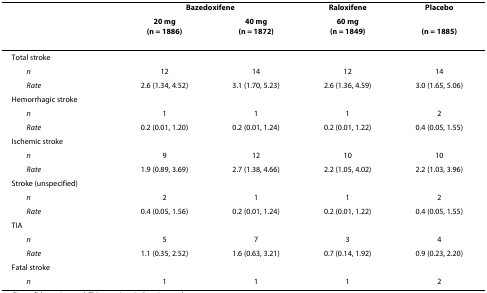
<table><thead><tr><td>[EMPTY_CELL]</td><td colspan="2"><b>Bazedoxifene</b></td><td><b>Raloxifene</b></td><td><b>Placebo</b></td></tr><tr><td>[EMPTY_CELL]</td><td><b>20 mg(n = 1886)</b></td><td><b>40 mg(n = 1872)</b></td><td><b>60 mg(n = 1849)</b></td><td><b>(n = 1885)</b></td></tr></thead><tbody><tr><td>Total stroke</td><td>[EMPTY_CELL]</td><td>[EMPTY_CELL]</td><td>[EMPTY_CELL]</td><td>[EMPTY_CELL]</td></tr><tr><td> <i>n</i></td><td>12</td><td>14</td><td>12</td><td>14</td></tr><tr><td> <i>Rate</i></td><td>2.6 (1.34, 4.52)</td><td>3.1 (1.70, 5.23)</td><td>2.6 (1.36, 4.59)</td><td>3.0 (1.65, 5.06)</td></tr><tr><td>Hemorrhagic stroke</td><td>[EMPTY_CELL]</td><td>[EMPTY_CELL]</td><td>[EMPTY_CELL]</td><td>[EMPTY_CELL]</td></tr><tr><td> <i>n</i></td><td>1</td><td>1</td><td>1</td><td>2</td></tr><tr><td> <i>Rate</i></td><td>0.2 (0.01, 1.20)</td><td>0.2 (0.01, 1.24)</td><td>0.2 (0.01, 1.22)</td><td>0.4 (0.05, 1.55)</td></tr><tr><td>Ischemic stroke</td><td>[EMPTY_CELL]</td><td>[EMPTY_CELL]</td><td>[EMPTY_CELL]</td><td>[EMPTY_CELL]</td></tr><tr><td> <i>n</i></td><td>9</td><td>12</td><td>10</td><td>10</td></tr><tr><td> <i>Rate</i></td><td>1.9 (0.89, 3.69)</td><td>2.7 (1.38, 4.66)</td><td>2.2 (1.05, 4.02)</td><td>2.2 (1.03, 3.96)</td></tr><tr><td>Stroke (unspecified)</td><td>[EMPTY_CELL]</td><td>[EMPTY_CELL]</td><td>[EMPTY_CELL]</td><td>[EMPTY_CELL]</td></tr><tr><td> <i>n</i></td><td>2</td><td>1</td><td>1</td><td>2</td></tr><tr><td> <i>Rate</i></td><td>0.4 (0.05, 1.56)</td><td>0.2 (0.01, 1.24)</td><td>0.2 (0.01, 1.22)</td><td>0.4 (0.05, 1.55)</td></tr><tr><td>TIA</td><td>[EMPTY_CELL]</td><td>[EMPTY_CELL]</td><td>[EMPTY_CELL]</td><td>[EMPTY_CELL]</td></tr><tr><td> <i>n</i></td><td>5</td><td>7</td><td>3</td><td>4</td></tr><tr><td> <i>Rate</i></td><td>1.1 (0.35, 2.52)</td><td>1.6 (0.63, 3.21)</td><td>0.7 (0.14, 1.92)</td><td>0.9 (0.23, 2.20)</td></tr><tr><td>Fatal stroke</td><td>[EMPTY_CELL]</td><td>[EMPTY_CELL]</td><td>[EMPTY_CELL]</td><td>[EMPTY_CELL]</td></tr><tr><td> <i>n</i></td><td>1</td><td>1</td><td>1</td><td>2</td></tr></tbody></table>